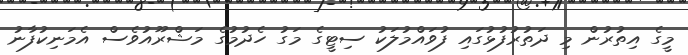
މީގެ އިތުރުން މި ދަތުރުފުޅުގައި ފުވައްމުލަކު ސިޓީގެ މަގު ހެދުމުގެ މަޝްރޫއުވެސް އެމަނިކުފާނު